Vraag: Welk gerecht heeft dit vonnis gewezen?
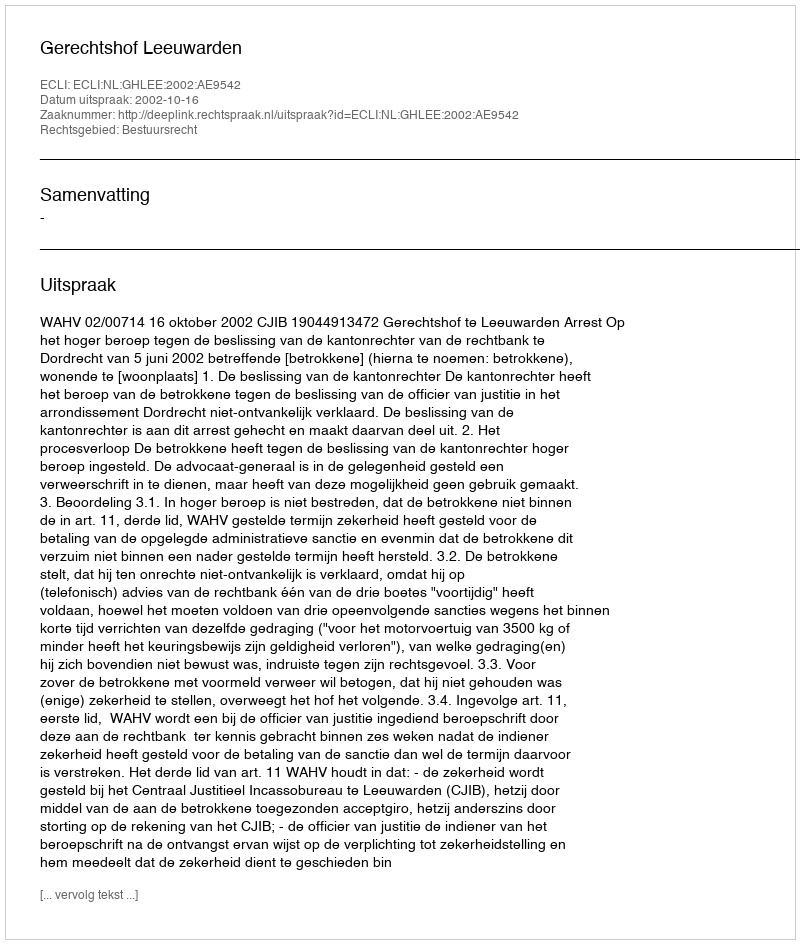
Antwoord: Gerechtshof Leeuwarden